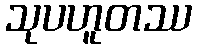
သုပဟူတဿ